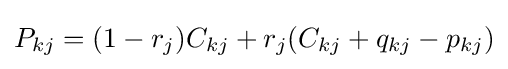
P_{kj}=(1-r_{j})C_{kj}+r_{j}(C_{kj}+q_{kj}-p_{kj})